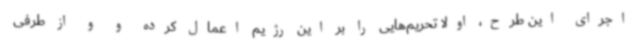
اجرای این طرح، اولا تحریم‌هایی را بر این رژیم اعمال کرده و و از طرفی